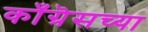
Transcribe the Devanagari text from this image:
काँग्रॆसच्या